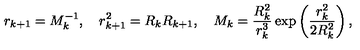
r _ { k + 1 } = M _ { k } ^ { - 1 } , \quad r _ { k + 1 } ^ { 2 } = R _ { k } R _ { k + 1 } , \quad M _ { k } = \frac { R _ { k } ^ { 2 } } { r _ { k } ^ { 3 } } \exp \left( \frac { r _ { k } ^ { 2 } } { 2 R _ { k } ^ { 2 } } \right) ,